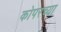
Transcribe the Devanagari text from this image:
कोपरच्या